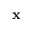
\mathbf { x }